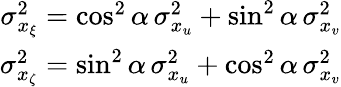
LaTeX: \begin{array}{r}{\sigma_{x_{\xi}}^{2}=\cos^{2}\alpha\, \sigma_{x_{u}}^{2}+\sin^{2}\alpha\, \sigma_{x_{v}}^{2}}\\ {\sigma_{x_{\zeta}}^{2}=\sin^{2}\alpha\, \sigma_{x_{u}}^{2}+\cos^{2}\alpha\, \sigma_{x_{v}}^{2}}\end{array}